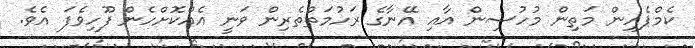
ކެމްޕެއިން މަތިން މުހުސިން އާއި އޭނާގެ ރަހުމަތްތެރިން ވަނީ އެއްކޮށްހެން ފޫހިވެފަ އެވެ.